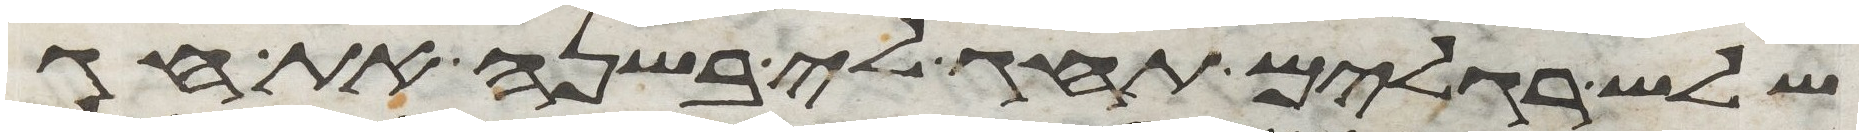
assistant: שלש רגלים תחג לי בשנה את חג